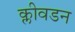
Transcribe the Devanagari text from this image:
क्लीवडन